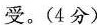
受。(4分)